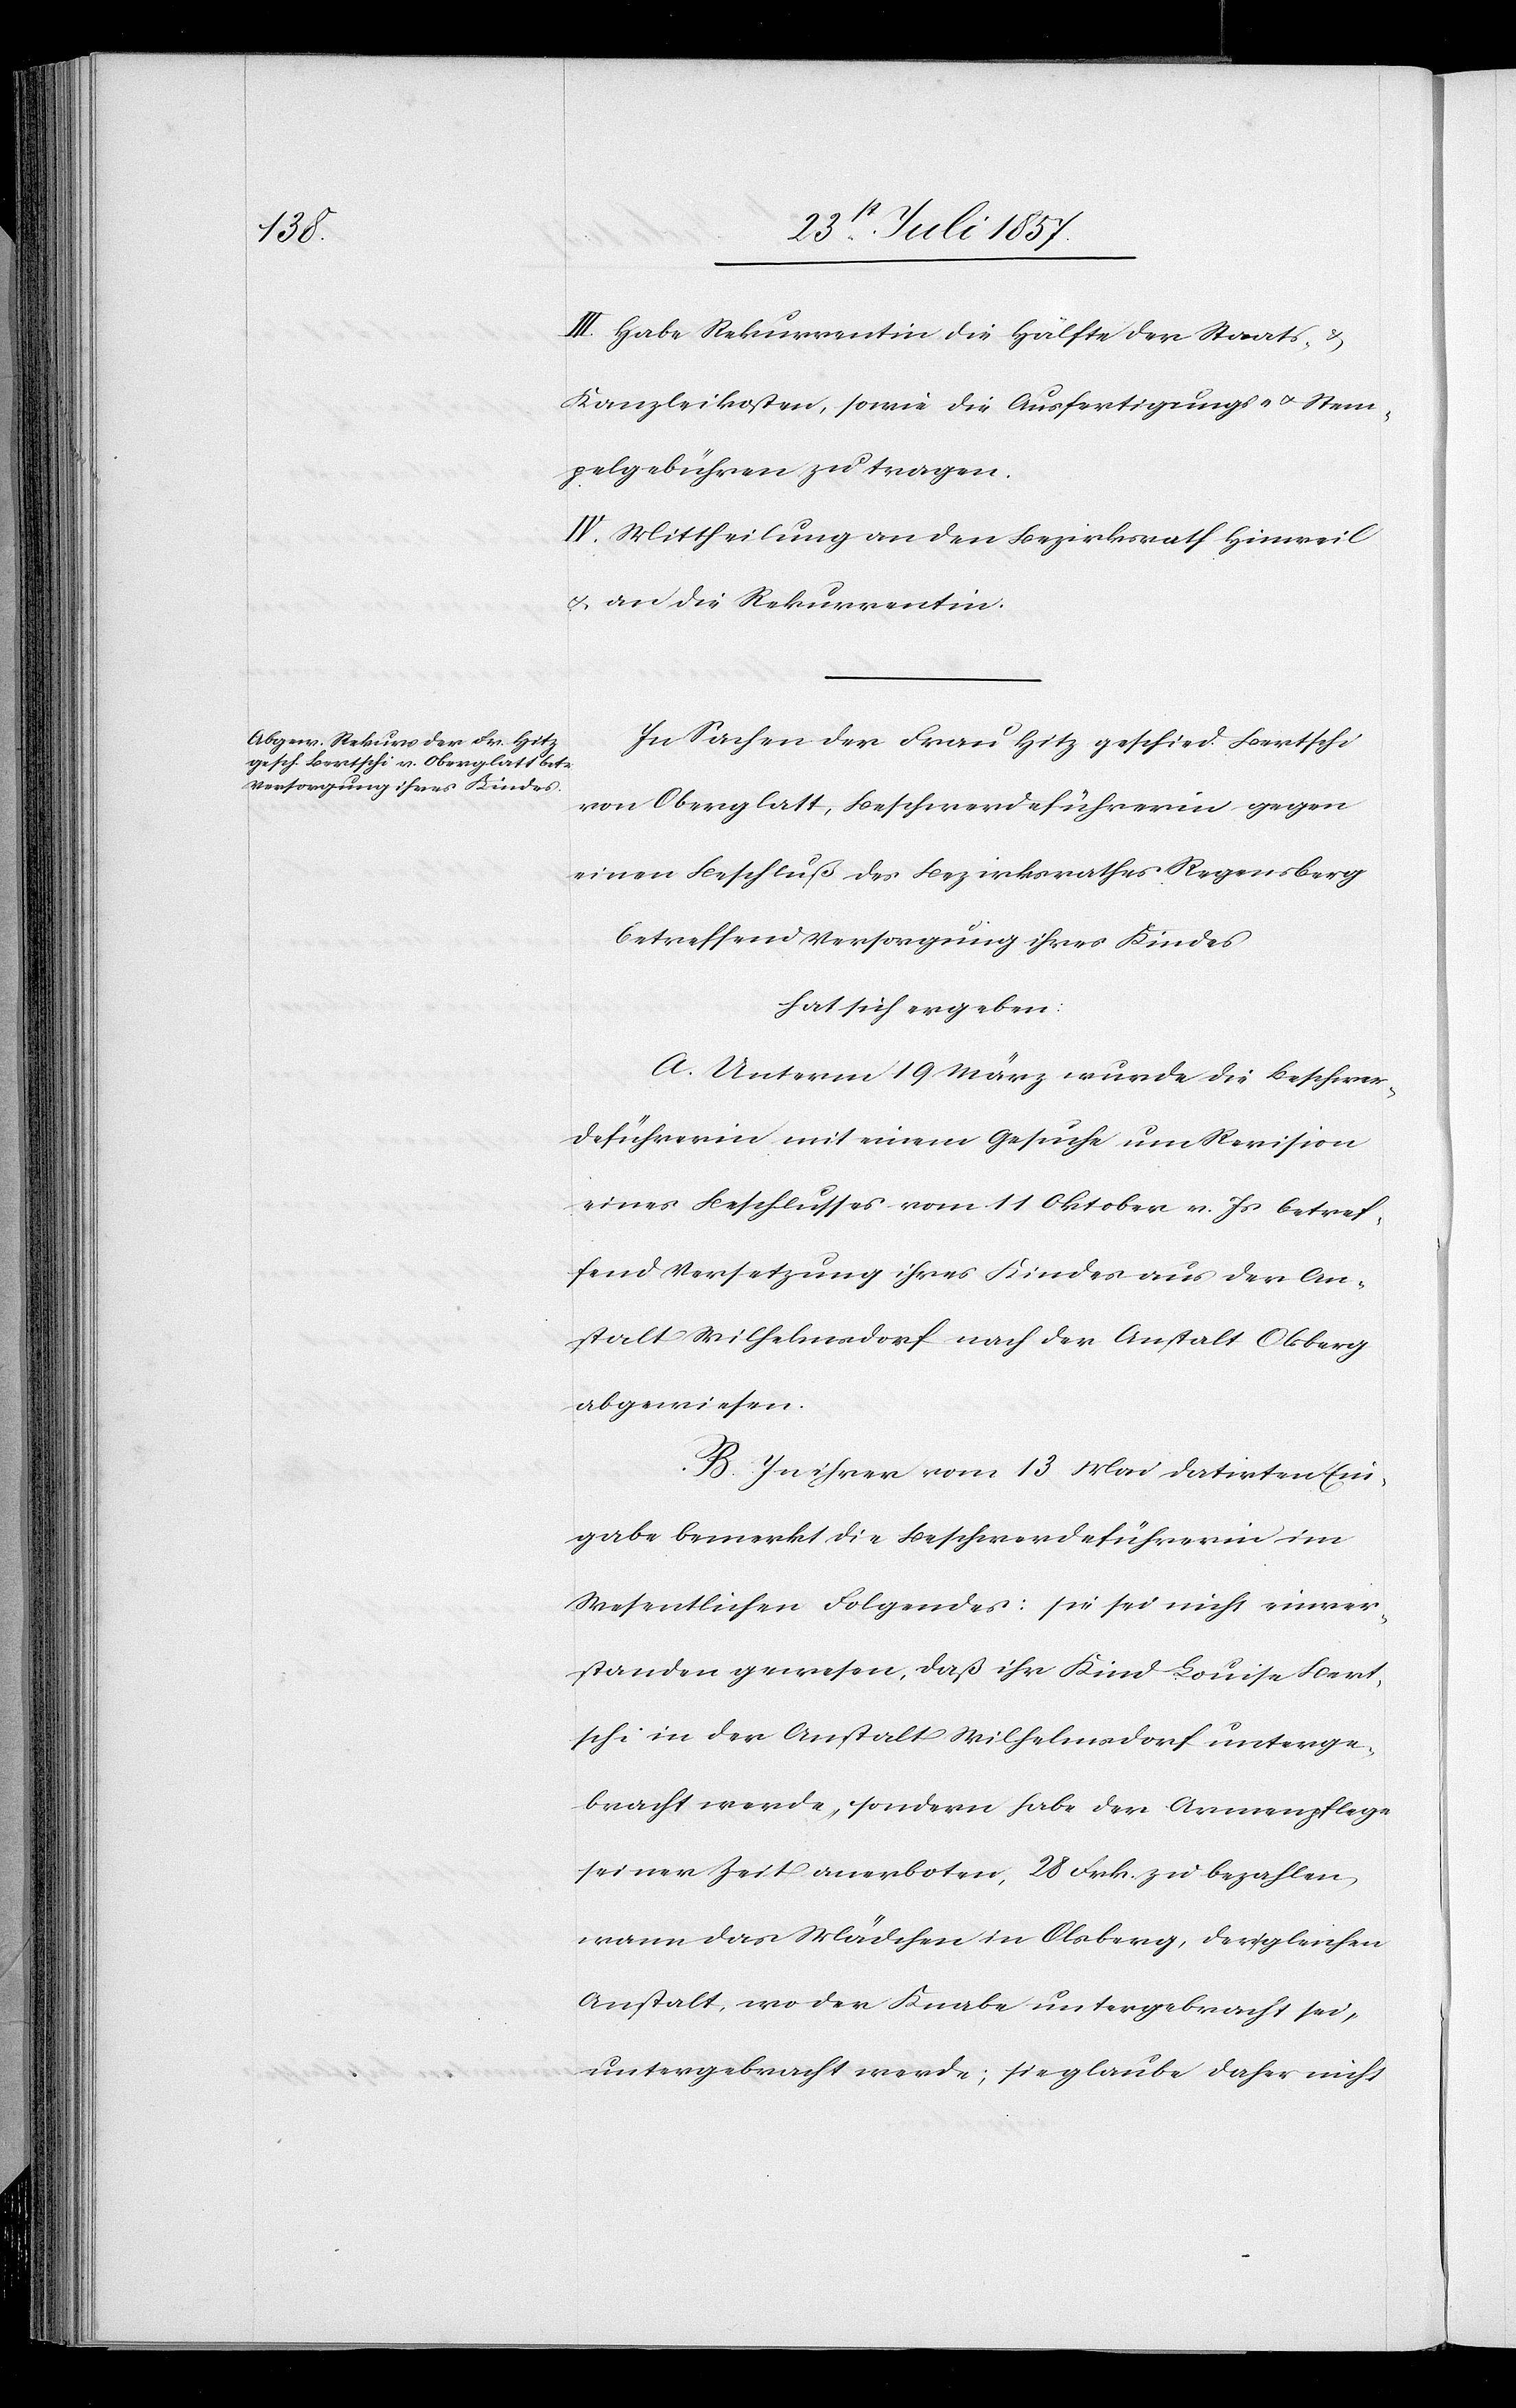
III. Habe Rekurrentin die Hälfte der Staats- &
Kanzleikosten, sowie die Ausfertigungs- & Stem¬
pelgebühren zu ertragen.
IV. Mittheilung an den Bezirksrath Hinweil
& an die Rekurrentin.
In Sachen der Frau Hitz geschied. Bertschi
von Oberglatt, Beschwerdeführerin gegen
einen Beschluß des Bezirksrathes Regensberg
betreffend Versorgung ihres Kindes
hat sich ergeben:
A. Unterm 19 März wurde die Beschwer¬
deführerin mit einem Gesuche um Revision
eines Beschlusses vom 11 Oktober v. Js. betref¬
fend Versetzung ihres Kindes aus der An¬
stalt Wilhelmsdorf nach der Anstalt Olsberg
abgewiesen.
B. In ihrer vom 13 Mai datirten Ein¬
gabe bemerkt die Beschwerdeführerin im
Wesentlichen Folgendes: sie sei nicht einver¬
standen gewesen, daß ihr Kind Louise Bert¬
schi in der Anstalt Wilhelmsdorf unterge¬
bracht werde, sondern habe der Armenpflege
seiner Zeit anerboten, 28 Frk. zu bezahlen,
wann das Mädchen in Olsberg, der gleichen
Anstalt, wo der Knabe untergebracht sei,
untergebracht werde; sie glaube daher nicht